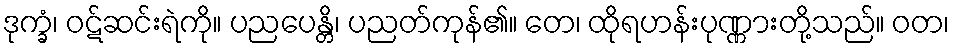
ဒုက္ခံ၊ ဝဋ်ဆင်းရဲကို။ ပညပေန္တိ၊ ပညတ်ကုန်၏။ တေ၊ ထိုရဟန်းပုဏ္ဏားတို့သည်။ ဝတ၊